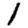
Digit: 1